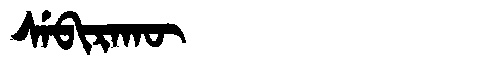
Manchu: ᠰᡝᠪᡳᡵᠠᡴᡡ
Romanization: SEBIRAKŪ